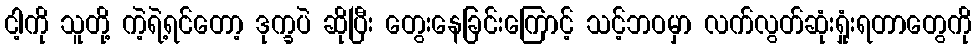
ငါ့ကို သူတို့ ကဲ့ရဲ့ရင်တော့ ဒုက္ခပဲ ဆိုပြီး တွေးနေခြင်းကြောင့် သင့်ဘဝမှာ လက်လွတ်ဆုံးရှုံးရတာတွေကို